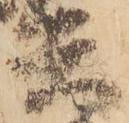
兵